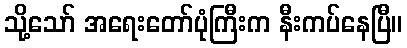
သို့သော် အရေးတော်ပုံကြီးက နီးကပ်နေပြီ။